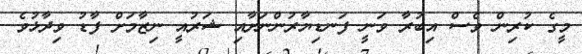
މީގެ ކުރިން ވެސް އިބުރާ ވަނީ ފަނޑިޔާރުންނަށާއި ޝަރުއީ ނިޒާމަށް ފާޑު ވިދާޅުވެ